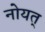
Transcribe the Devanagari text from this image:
नोयत्